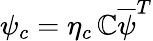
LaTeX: \psi_{c}=\eta_{c}\, \mathbb{C}{\overline{{{\psi}}}}^{T}